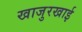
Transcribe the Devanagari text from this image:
खाजुरखाई